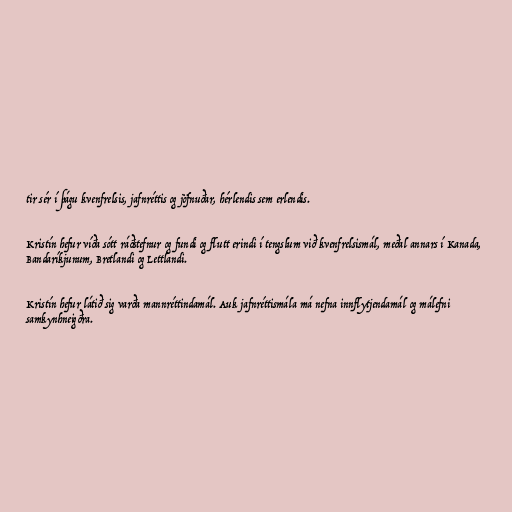
tir sér í þágu kvenfrelsis, jafnréttis og jöfnuðar, hérlendis sem erlendis.

Kristín hefur víða sótt ráðstefnur og fundi og flutt erindi í tengslum við kvenfrelsismál, meðal annars í Kanada,
Bandaríkjunum, Bretlandi og Lettlandi.

Kristín hefur látið sig varða mannréttindamál. Auk jafnréttismála má nefna innflytjendamál og málefni
samkynhneigðra.